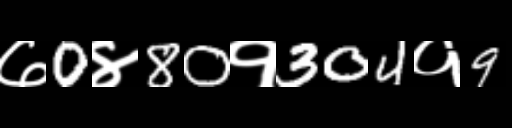
Text: ७0४80१304१9